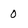
Character: 0